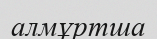
алмұртша